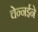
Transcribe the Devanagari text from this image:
चेन्नईने